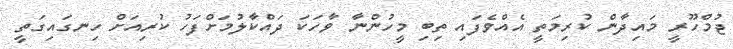
ޖުމްހޫރީ މައިދާން ކުރިމަތީ އެއްވެފައި ތިބި މީހުންނާ ވާހަކަ ދައްކާލުމަށްފަހު ކުރިއަށް ހިނގައިގަތީ